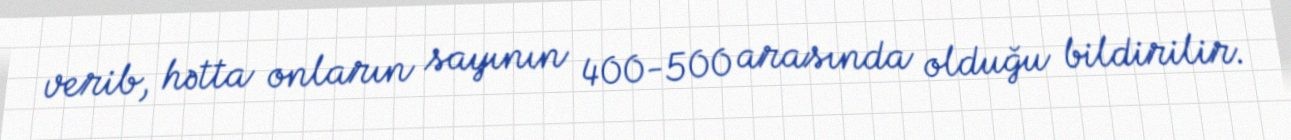
verib, hətta onların sayının 400-500 arasında olduğu bildirilir.